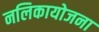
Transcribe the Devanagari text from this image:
नलिकायोजना